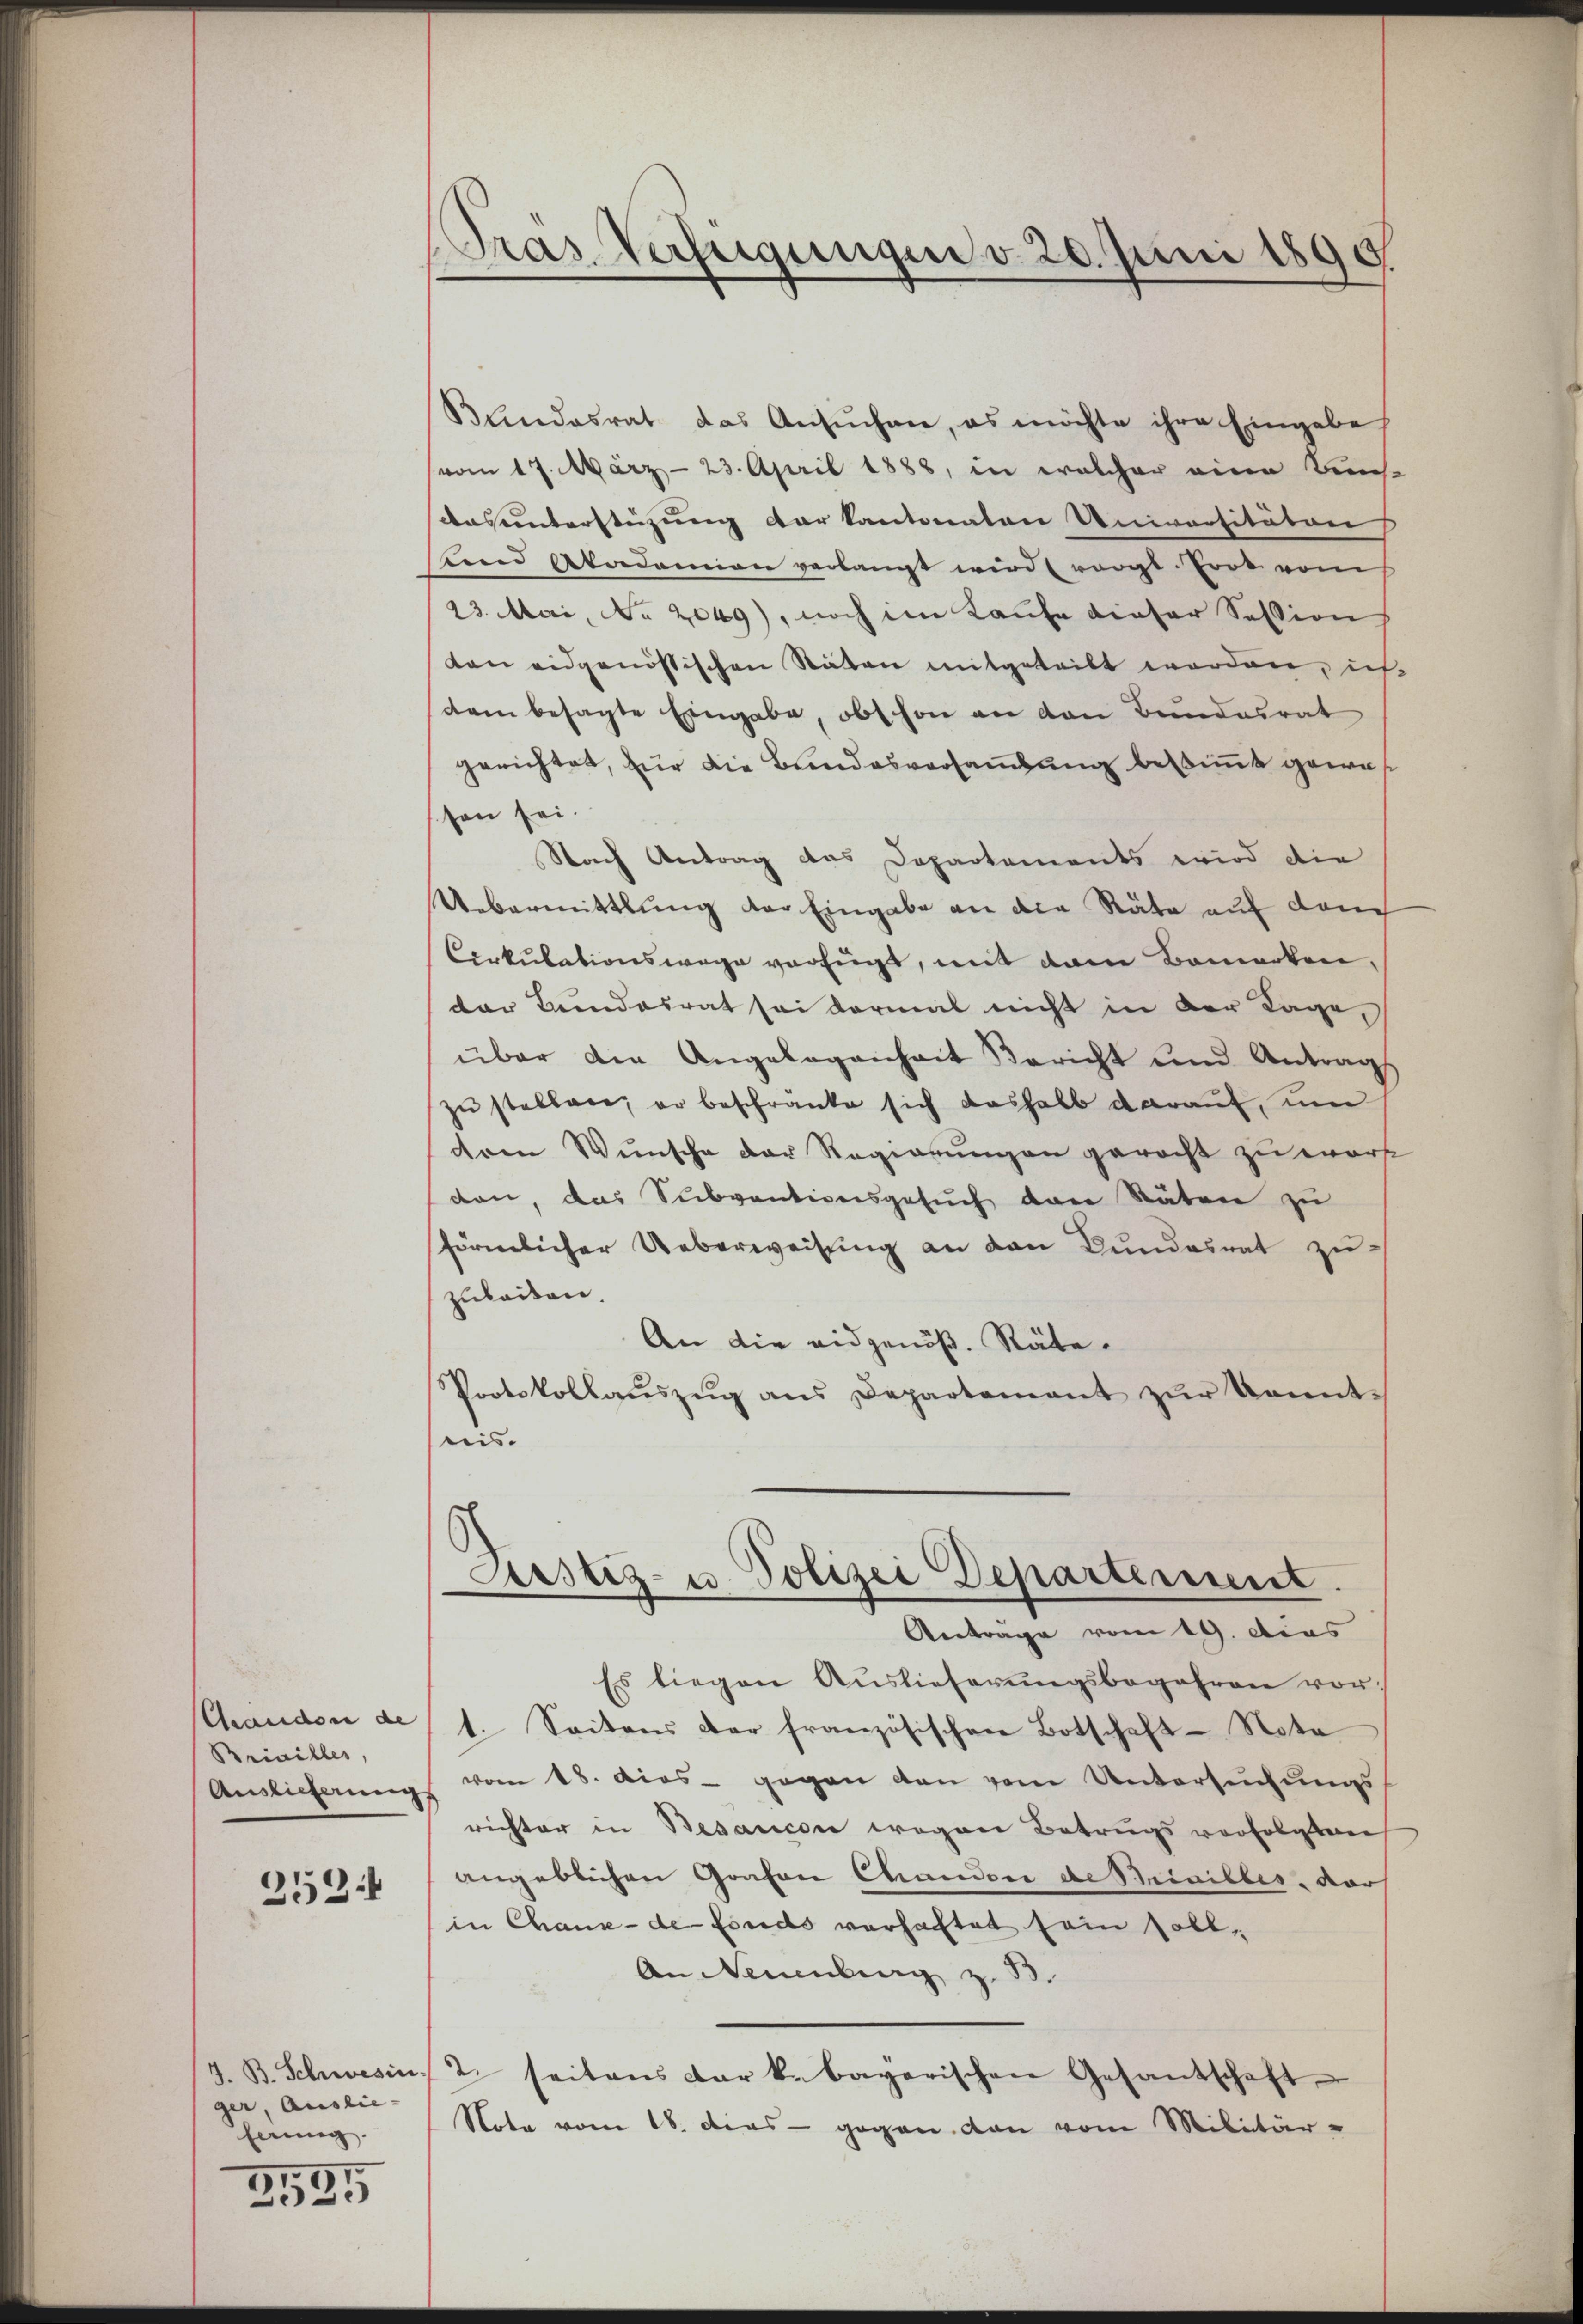
Gaudon de
Brivilles,

253:

7. B. Schwesin
ger, Auslie-
ferung.
5
535

Pras Verfügungen v. 20. Juni 1890.

Bundesrat das Ansŭchen, es möchte ihre Eingabe
vom 17. März - 23. April 1888, in welcher eine Kunst
dasunterstüzung der kantonaten Universitäten
send Akademien verlangt wird vorgt. Fort vom
23. Mai, No. 2049), noch im Kaufe dieser Session
ton eidgenössischen Stäten mitgeteilt worden, ich
dam besagte Eingabe, obschon an den Bundesrat
gerichtet, für die Bundesversamlung bestimmt gewes
sten sei.
Nach Antrag das Departements wird die
Uebermittlung der Eingabe an die Räte auf dem
Cerkulationswege verfügt, mit dem Bemerken,
der Bundesrat sei dermal nicht in der Tage,
über die Angelegenheit Bericht und Antrag
zŭ stellen, er beschränke sich deshalb daraŭf, un
dren Wünsche der Regierungen geracht zu wart
den, das Subventionsgesuch den Räten zu
förmlicher Ueberweisung an den Bundesrat zuzuleiten.
An die eidgenöß. Räte.
Protokollaŭszŭg ans Departement zŭr Kennt-
nis.
Astiz- u. Polizei Departement.
Anträge vom 19. dies
Es liegen Auslieferŭngsbegehren vor:
t. Seitens der französischen Botschaft Nota
Auslieferung vom 18. dies gegen den vom Untersuchungsrichter in Besancore wegen Betrugsverfolglaich
angeblichen Grafen Chandon de Privilles vor
in Chause de fonds verhaftet sein soll,
An Neuenburg z. B.
2 seitens dar k. bayerischen Gesantschaft
Note vom 18. dies - gegen dan vom Militär-